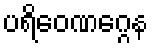
ပရိဝေဏဂ္ဂေန